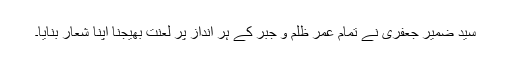
سید ضمیر جعفری نے تمام عمر ظلم و جبر کے ہر انداز پر لعنت بھیجنا اپنا شعار بنایا۔